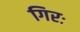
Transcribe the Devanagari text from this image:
गिरः